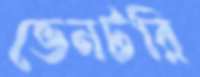
ভেনটরি